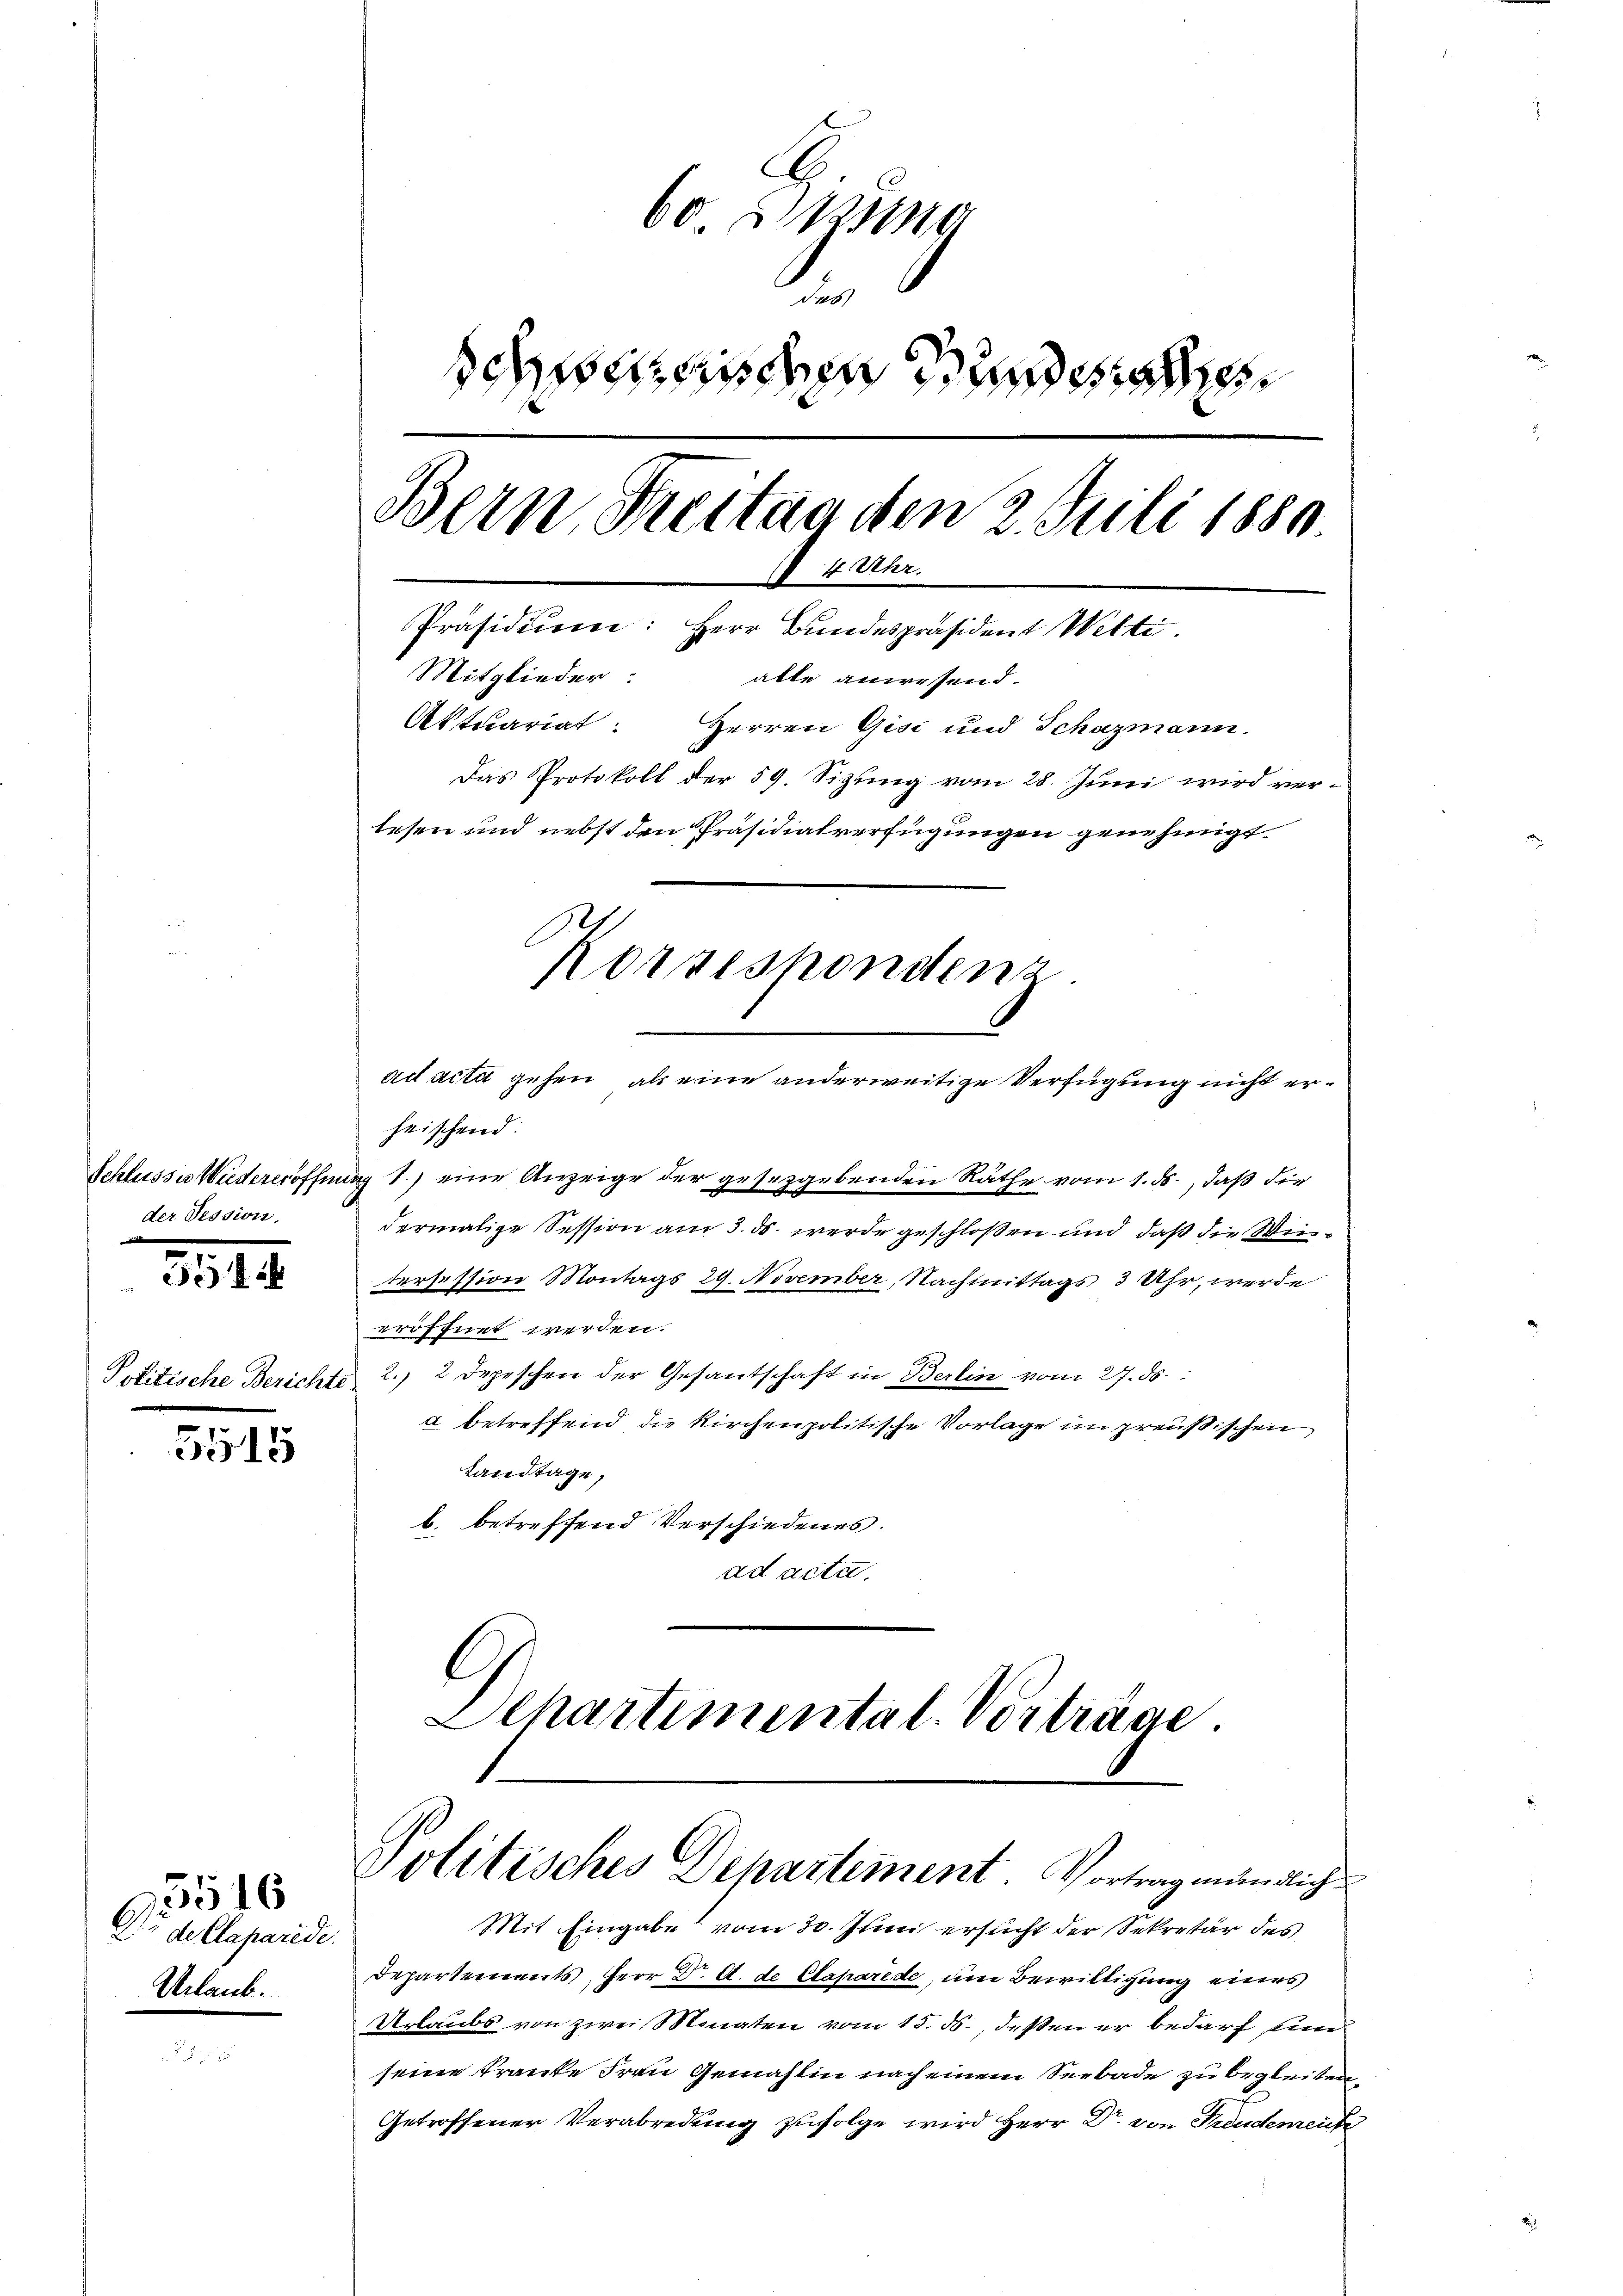
der Tession.

318.

5515

de Claparede.
Urlaub.

5515

60 § 121810
.
schnischen Hundes
Bern, Treitag den 2. Juli 1880.
 4 Uhr.
Präsidium: Herr Bundespräsident Wette
Mitglieder: alle anwesend.
Aktuariat: Herren Gisi und Schazmann.
Das Protokoll der 59. Sizling vom 28. Juni wird verlesen und nebst den Präsidialverfügungen genehmigt
Korrespondenz.

ad acta gehen, als eine anderweitige Verfügung nicht erheischend:
Schlusse Wiedereröffnung 1.) eine Anzeige der gesetzgebenden Räthe vom 1. ds., daß die
dermalige Session am 3. ds. werde geschloßen und daß die Wintersession Montags 29. November, Nachmittags 3 Uhr, werde
eröffnet werden.
Politische Berichte 2. 2 Depeschen der Gesantschaft in Berlin vom 27. ds.
a betreffend die kirchenpolitische Vorlage im preußischen
Landtage,
b. betreffend Verschiedenes.
ad acta.
Schartimental. Vorträge.

Politisches Departement. Vortrag mündlich

Mit Eingabe vom 30. Juni ersucht der Sekretär des
Departements Herr Dr. A. de Caparede, um Bewilligung eines
Urlaubs von zwei Monaten vom 15. ds., deßen er bedarf, eine
seine tranke Frau Gemahlin nach einem Seebade zu begleiten,
Getroffener Verabredung zufolge wird Herr Dr. von Freudereiche